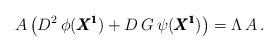
LaTeX: \begin{align*}A \, \big( D^2 \, \phi ({\pmb{X^1}}) + D \, G \, \psi ({\pmb{X^1}}) \big) = \Lambda \, A \,.\end{align*}